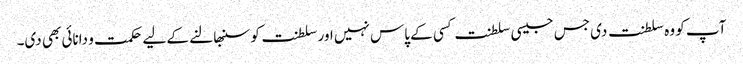
آپ کو وہ سلطنت دی جس جیسی سلطنت کسی کے پاس نہیں اور سلطنت کو سنبھالنے کے لیے حکمت و دانائی بھی دی۔